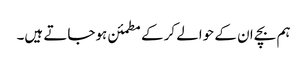
ہم بچے ان کے حوالے کرکے مطمئن ہوجاتے ہیں۔